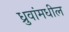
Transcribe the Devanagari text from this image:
ध्रुवांमधील